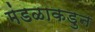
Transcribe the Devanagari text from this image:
मंडळाकडुन